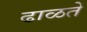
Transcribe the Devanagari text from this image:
ढाळते